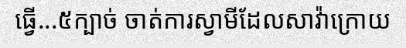
ធ្វើ...៥ក្បាច់ ចាត់ការស្វាមីដែលសាវ៉ាក្រោយ